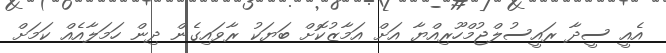
އެއީ ސީދާ ރައީސުލްޖުމްހޫރިއްޔާ އަށް އަމާޒުކޮށް ބަޔަކު ރާވައިގެން ދިން ހަމަލާއެއް ކަމަށް